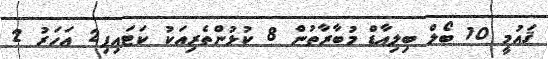
ޤައުމީ 10 ބޯލް ބިލިއާޑް މުބާރާތުން 8 ކުޅުންތެރިއަކު ކަޓައިފި2 އަހަރު 2